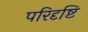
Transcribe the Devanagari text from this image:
परिदृष्टि